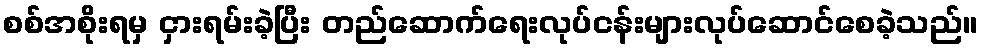
စစ်အစိုးရမှ ငှားရမ်းခဲ့ပြီး တည်ဆောက်ရေးလုပ်ငန်းများလုပ်ဆောင်စေခဲ့သည်။